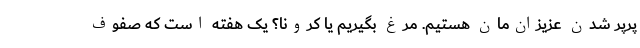
پرپر شدن عزیزان‌مان هستیم. مرغ بگیریم یا کرونا؟ یک هفته‌ است که صفوف